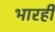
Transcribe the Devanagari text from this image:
भारही